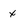
Character: x